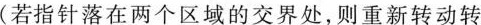
(若指针落在两个区域的交界处，则重新